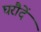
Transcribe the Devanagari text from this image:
घरौदें